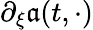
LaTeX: \partial_{\xi}\mathfrak{a}(t,\cdot)